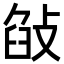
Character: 𢽣